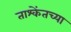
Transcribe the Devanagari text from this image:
ताश्केंतच्या